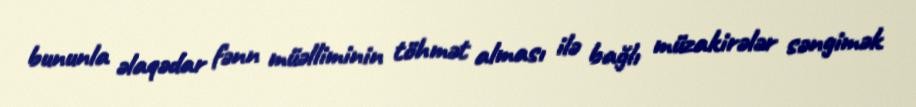
bununla əlaqədar fənn müəlliminin töhmət alması ilə bağlı müzakirələr səngimək